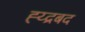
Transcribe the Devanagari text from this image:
ह्य्द्रबद